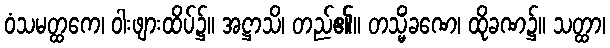
ဝံသမတ္ထကေ၊ ဝါးဖျားထိပ်၌။ အဋ္ဌာသိ၊ တည်၏။ တသ္မိံခဏေ၊ ထိုခဏ၌။ သတ္ထာ၊